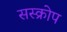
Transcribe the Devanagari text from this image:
सस्क्रोप